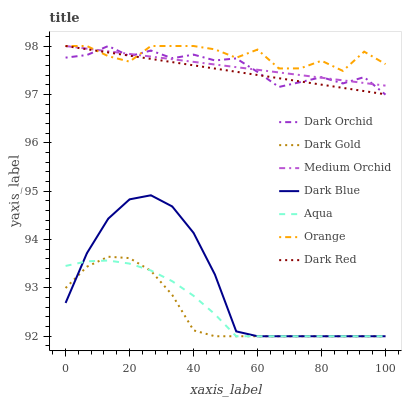
| xaxis_label | Dark Orchid | Dark Gold | Medium Orchid | Dark Blue | Aqua | Orange | Dark Red |
 | --- | --- | --- | --- | --- | --- | --- | --- |
 | 0 | 97.8 | 93 | 98 | 92.7 | 93.5 | 98 | 98 |
 | 6.67 | 97.8 | 93.4 | 97.9 | 93.7 | 93.5 | 98 | 97.9 |
 | 13.3 | 98 | 93.6 | 97.9 | 94.4 | 93.6 | 97.8 | 97.9 |
 | 20 | 97.8 | 93.6 | 97.8 | 94.8 | 93.5 | 97.7 | 97.8 |
 | 26.7 | 97.9 | 93.4 | 97.8 | 94.9 | 93.4 | 98 | 97.7 |
 | 33.3 | 97.7 | 92.9 | 97.7 | 94.7 | 93.1 | 98 | 97.7 |
 | 40 | 97.8 | 92.1 | 97.7 | 94.1 | 92.8 | 98 | 97.6 |
 | 46.7 | 97.7 | 92 | 97.6 | 93.3 | 92.5 | 97.9 | 97.5 |
 | 53.3 | 97.7 | 92 | 97.6 | 92.1 | 92 | 97.8 | 97.5 |
 | 60 | 97.5 | 92 | 97.5 | 92 | 92 | 97.9 | 97.4 |
 | 66.7 | 97.2 | 92 | 97.5 | 92 | 92 | 97.5 | 97.3 |
 | 73.3 | 97.3 | 92 | 97.4 | 92 | 92 | 97.5 | 97.3 |
 | 80 | 97.4 | 92 | 97.3 | 92 | 92 | 97.7 | 97.2 |
 | 86.7 | 97.2 | 92 | 97.3 | 92 | 92 | 97.5 | 97.1 |
 | 93.3 | 97.4 | 92 | 97.2 | 92 | 92 | 97.9 | 97.1 |
 | 100 | 97 | 92 | 97.2 | 92 | 92 | 97.6 | 97 |